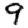
Digit: 9